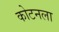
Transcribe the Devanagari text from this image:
कोटनला